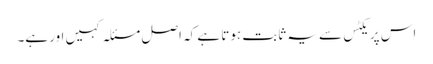
اس پریکٹس سے یہ ثابت ہوتا ہے کہ اصل مسئلہ کہیں اور ہے۔